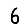
Digit: 6